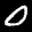
Label: 0